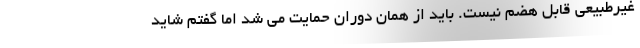
غیرطبیعی قابل هضم نیست. باید از همان دوران حمایت می شد اما گفتم شاید